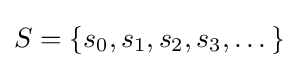
S=\{s_{0},s_{1},s_{2},s_{3},\dots \}